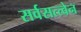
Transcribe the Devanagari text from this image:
सर्वसत्त्वेन